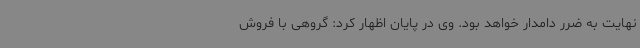
نهایت به ضرر دامدار خواهد بود. وی در پایان اظهار کرد: گروهی با فروش